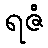
ရဇံ